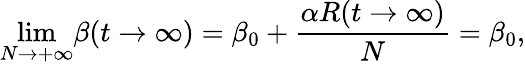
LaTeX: {\operatorname*{lim}_{N\to+\infty}}\beta(t\rightarrow\infty)=\beta_{0}+\frac{\alpha R(t\rightarrow\infty)}{N}=\beta_{0},